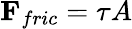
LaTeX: \mathbf{F}_{fric}=\tau A